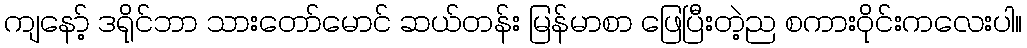
ကျနော့် ဒရိုင်ဘာ သားတော်မောင် ဆယ်တန်း မြန်မာစာ ဖြေပြီးတဲ့ည စကားဝိုင်းကလေးပါ။